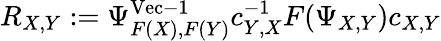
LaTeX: R_{X,Y}:=\Psi_{F(X),F(Y)}^{\mathrm{Vec}-1}c_{Y,X}^{-1}F(\Psi_{X,Y})c_{X,Y}